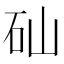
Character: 𥐢